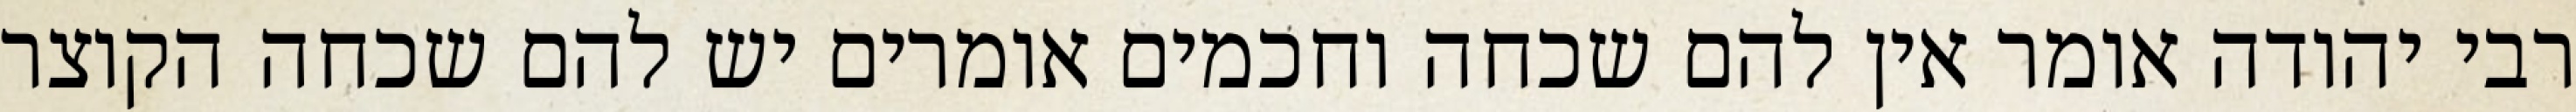
רבי יהודה אומר אין להם שכחה וחכמים אומרים יש להם שכחה הקוצר